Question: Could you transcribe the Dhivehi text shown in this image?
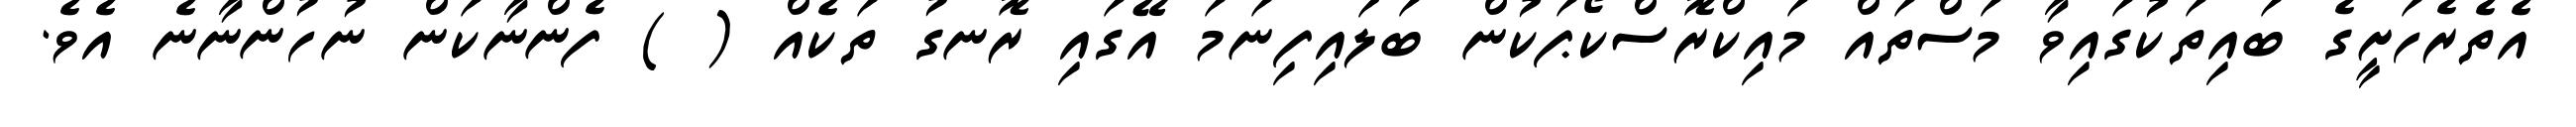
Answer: އެތެރެހަށީގެ ބައިތަކުގައިވާ މަސްތައް މައިކްރޮސްކޯޕަކުން ބަލައިފިނަމަ އޭގައި ރޮނގު ތަކެއް ( ) ފެންނާކަން ނުހުންނާނެ އެވެ.